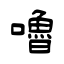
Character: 嚕